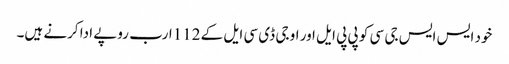
خود ایس ایس جی سی کو پی پی ایل اور او جی ڈی سی ایل کے 112ارب روپے ادا کرنے ہیں۔